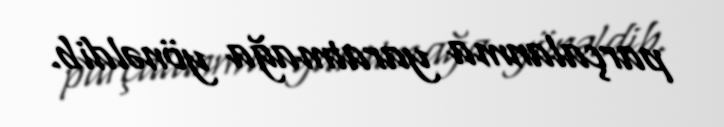
parçalanma yaratmağa yönəldib.